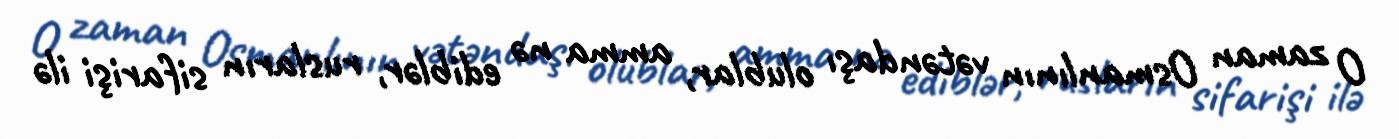
O zaman Osmanlının vətəndaşı olublar, amma nə ediblər, rusların sifarişi ilə